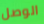
الوصل